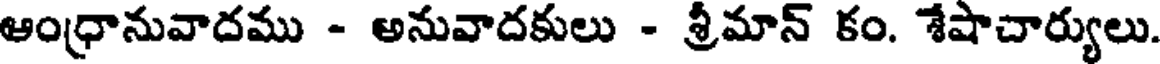
ఆంధ్రానువాదము - అనువాదకులు - శ్రీమాన్ కం. శేషాచార్యులు.